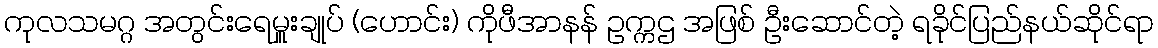
ကုလသမဂ္ဂ အတွင်းရေမှူးချုပ် (ဟောင်း) ကိုဖီအာနန် ဥက္ကဌ အဖြစ် ဦးဆောင်တဲ့ ရခိုင်ပြည်နယ်ဆိုင်ရာ